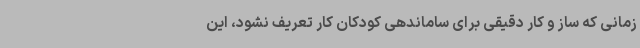
زمانی که ساز و کار دقیقی برای ساماندهی کودکان کار تعریف نشود، این